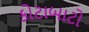
કોટાબાટો